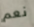
نعم